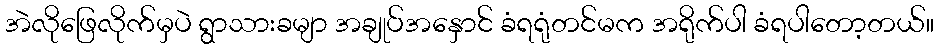
အဲလိုဖြေလိုက်မှပဲ ရွာသားခမျာ အချုပ်အနှောင် ခံရရုံတင်မက အရိုက်ပါ ခံရပါတော့တယ်။